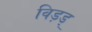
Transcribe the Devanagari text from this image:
विड़ड्